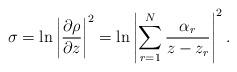
LaTeX: \begin{align*}\sigma = \ln \left|{\partial \rho \over \partial z}\right|^2 = \ln\left|\sum\limits_{r=1}^{N} {\alpha_r \over z- z_r}\right|^2.\end{align*}